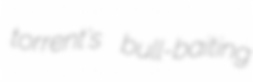
torrent's bull-baiting